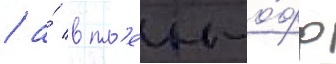
/ а́ в пл'еи-о́фф